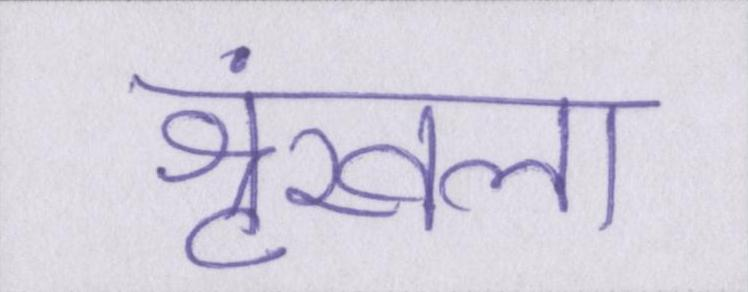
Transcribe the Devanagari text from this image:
श्रृंखला